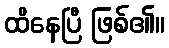
ထိနေပြီ ဖြစ်၏။